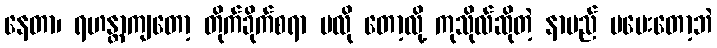
နေတာ၊ ရဟန္တာကျတော့ တိုက်ခိုက်စရာ မလို တော့လို့ ကုသိုလ်ဆိုတဲ့ နာမည် မပေးတော့ဘဲ